Leprosy in India: report of the Leprosy Commission in India, 1890-91
Year: 1890
Disease focus: Leprosy
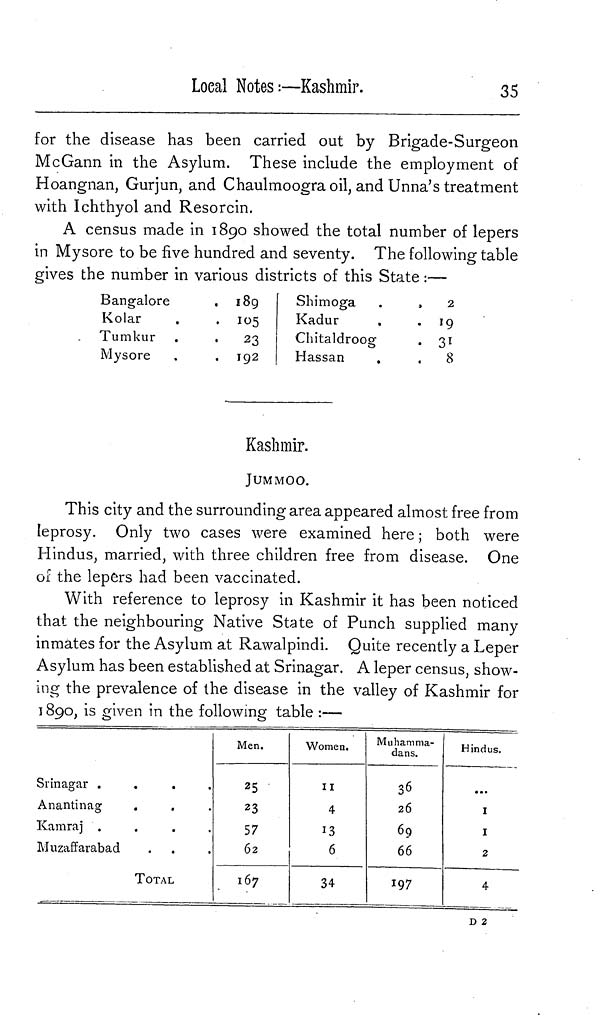
Loeal Notes:—Kashmir.
35
for the disease has been carried out by Brigade-Surgeon
McGann in the Asylum. These include the employment of
Hoangnan, Gurjun, and Chaulmoogra oil, and Unna's treatment
with Ichthyol and Resorcin.
A census made in 1890 showed the total number of lepers
in Mysore to be five hundred and seventy. The following table
gives the number in various districts of this State :—
Bangalore
Kolar
Tumkur
Mysore •
•
189
105
23
192
Shi moga
Kadur
Chitaldroog
Hassan
•
•
2
»9
31
8
Kashmir.
JUMMOO.
This city and the surrounding area appeared almost free from
leprosy. Only two cases were examined here ; both were
Hindus, married, with three children free from disease. One
of the lepers had been vaccinated.
With reference to leprosy in Kashmir it has been noticed
that the neighbouring Native State of Punch supplied many
inmates for the Asylum at Rawalpindi. Quite recently a Leper
Asylum has been established at Srinagar. A leper census, show-
ing the prevalence of the disease in the valley of Kashmir for
1890, is given in the following table :—
Srinagar .
A nanti nag
Kamraj .
Muzaffarabad
TOTAL
Men.
25
23
57
62
167
Women.
II
4
13
6
34
Muhamma-
dans.
36
26
69
66
197
Hindus.
I
I
2
4